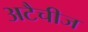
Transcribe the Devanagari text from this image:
अटैचीज